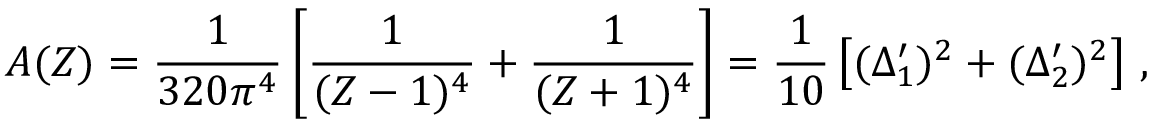
A ( Z ) = { \frac { 1 } { 3 2 0 \pi ^ { 4 } } } \left[ { \frac { 1 } { ( Z - 1 ) ^ { 4 } } } + { \frac { 1 } { ( Z + 1 ) ^ { 4 } } } \right] = { \frac { 1 } { 1 0 } } \left[ ( \Delta _ { 1 } ^ { \prime } ) ^ { 2 } + ( \Delta _ { 2 } ^ { \prime } ) ^ { 2 } \right] \, ,